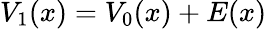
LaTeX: V_{1}(x)=V_{0}(x)+E(x)